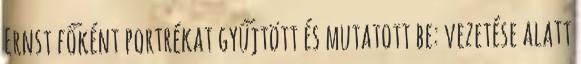
Ernst főként portrékat gyűjtött és mutatott be: vezetése alatt